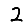
Digit: 2